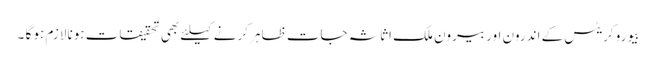
بیورو کریٹس کے اندرون اور بیرون ملک اثاثہ جات ظاہر کرنے کیلئے بھی تحقیقات ہونا لازم ہو گا ۔